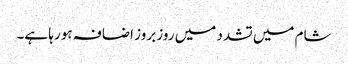
شام میں تشدد میں روز بروز اضافہ ہو رہا ہے۔